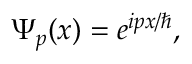
\Psi _ { p } ( x ) = e ^ { i p x / \hbar } ,